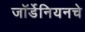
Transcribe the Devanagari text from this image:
जॉर्डेनियनचे